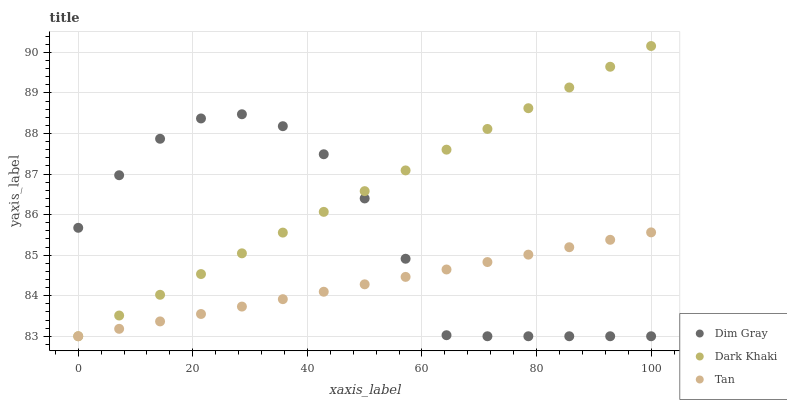
| xaxis_label | Dim Gray | Dark Khaki | Tan |
 | --- | --- | --- | --- |
 | 0 | 85.7 | 83 | 83 |
 | 7.14 | 87 | 83.5 | 83.2 |
 | 14.3 | 87.9 | 84 | 83.4 |
 | 21.4 | 88.4 | 84.5 | 83.5 |
 | 28.6 | 88.5 | 85 | 83.7 |
 | 35.7 | 88.2 | 85.6 | 83.9 |
 | 42.9 | 87.5 | 86.1 | 84.1 |
 | 50 | 86.4 | 86.6 | 84.3 |
 | 57.1 | 84.9 | 87.1 | 84.5 |
 | 64.3 | 83 | 87.6 | 84.6 |
 | 71.4 | 83 | 88.1 | 84.8 |
 | 78.6 | 83 | 88.6 | 85 |
 | 85.7 | 83 | 89.1 | 85.2 |
 | 92.9 | 83 | 89.6 | 85.4 |
 | 100 | 83 | 90.2 | 85.6 |